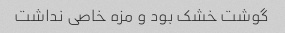
گوشت خشک بود و مزه خاصی نداشت